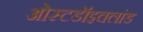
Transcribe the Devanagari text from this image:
ओस्टडॉइचलांड